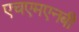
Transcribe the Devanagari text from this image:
एचएमएनबी